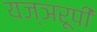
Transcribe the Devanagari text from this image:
यज्ञरूपी